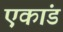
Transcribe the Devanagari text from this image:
एकांड